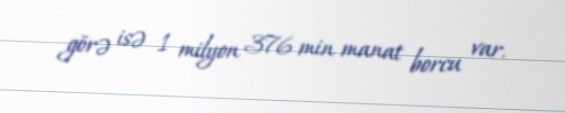
görə isə 1 milyon 376 min manat borcu var.